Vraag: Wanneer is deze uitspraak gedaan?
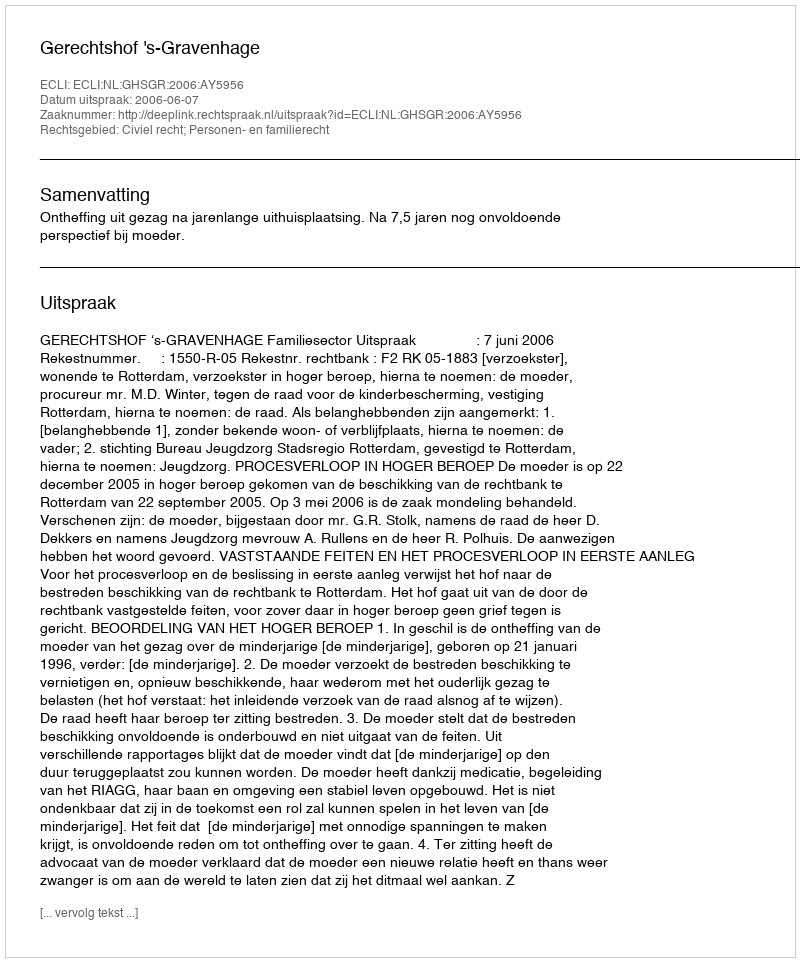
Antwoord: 2006-06-07